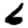
Digit: 6